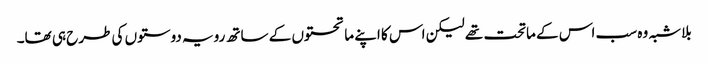
بلاشبہ وہ سب اس کے ماتحت تھے لیکن اس کا اپنے ماتحتوں کے ساتھ رویہ دوستوں کی طرح ہی تھا۔